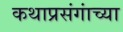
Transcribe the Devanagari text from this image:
कथाप्रसंगांच्या